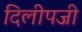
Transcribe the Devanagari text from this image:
दिलीपजी